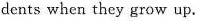
dents when they grow up.